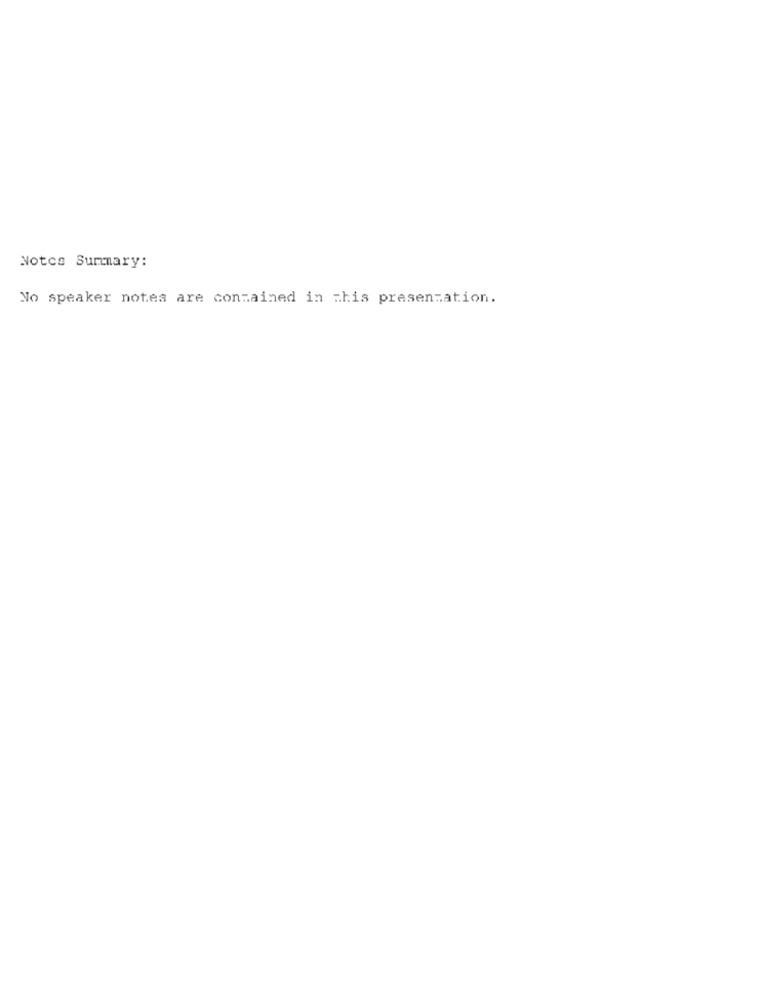
Notcs Summary:
No speaker notes are contained in this presentation.